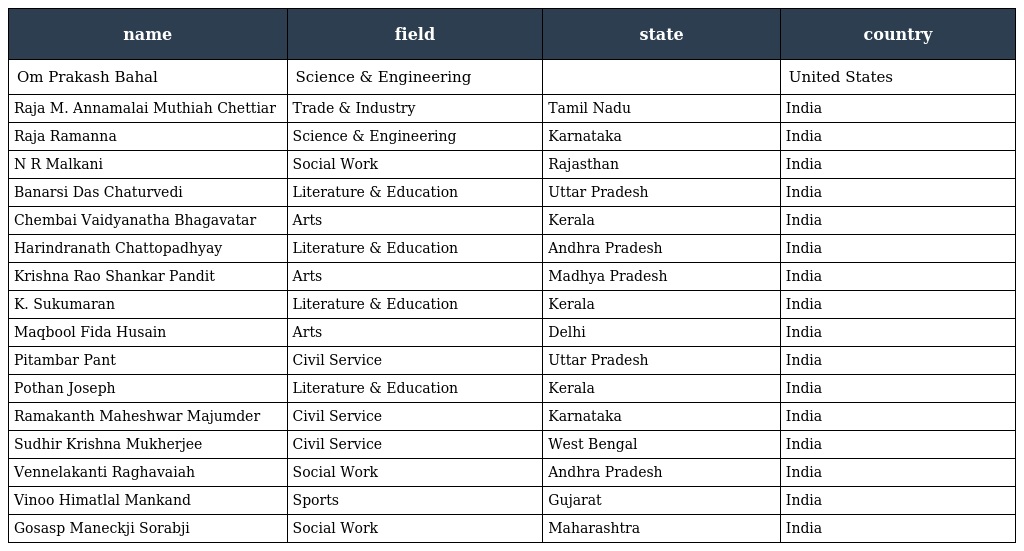
| name | field | state | country |
 | --- | --- | --- | --- |
 | Om Prakash Bahal | Science & Engineering |  | United States |
 | Raja M. Annamalai Muthiah Chettiar | Trade & Industry | Tamil Nadu | India |
 | Raja Ramanna | Science & Engineering | Karnataka | India |
 | N R Malkani | Social Work | Rajasthan | India |
 | Banarsi Das Chaturvedi | Literature & Education | Uttar Pradesh | India |
 | Chembai Vaidyanatha Bhagavatar | Arts | Kerala | India |
 | Harindranath Chattopadhyay | Literature & Education | Andhra Pradesh | India |
 | Krishna Rao Shankar Pandit | Arts | Madhya Pradesh | India |
 | K. Sukumaran | Literature & Education | Kerala | India |
 | Maqbool Fida Husain | Arts | Delhi | India |
 | Pitambar Pant | Civil Service | Uttar Pradesh | India |
 | Pothan Joseph | Literature & Education | Kerala | India |
 | Ramakanth Maheshwar Majumder | Civil Service | Karnataka | India |
 | Sudhir Krishna Mukherjee | Civil Service | West Bengal | India |
 | Vennelakanti Raghavaiah | Social Work | Andhra Pradesh | India |
 | Vinoo Himatlal Mankand | Sports | Gujarat | India |
 | Gosasp Maneckji Sorabji | Social Work | Maharashtra | India |